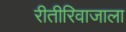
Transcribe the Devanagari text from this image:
रीतीरिवाजाला